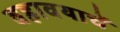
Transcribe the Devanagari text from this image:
वहावयाचें